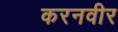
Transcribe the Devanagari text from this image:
करनवीर